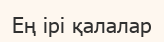
Ең ірі қалалар